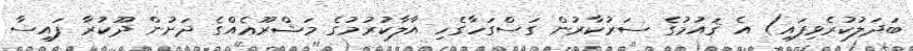
ބަދަލުކުރެވިފައި) އެ ޤައުމުގެ ސަރުކާރުން ގަސްގަހާގެހި އާލާކުރުމުގެ މަޝްރޫޢެއްގެ ދަށުން ދޫކުރާ ފައިސާ